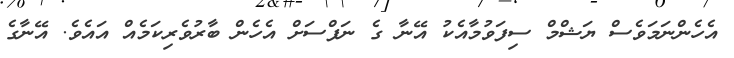
އެހެންނަމަވެސް ޔަޝްމް ސިފަވުމާއެކު އޭނާ ގެ ނަފްސަށް އެހެން ބާރުވެރިކަމެއް އައެވެ. އޭނާގެ